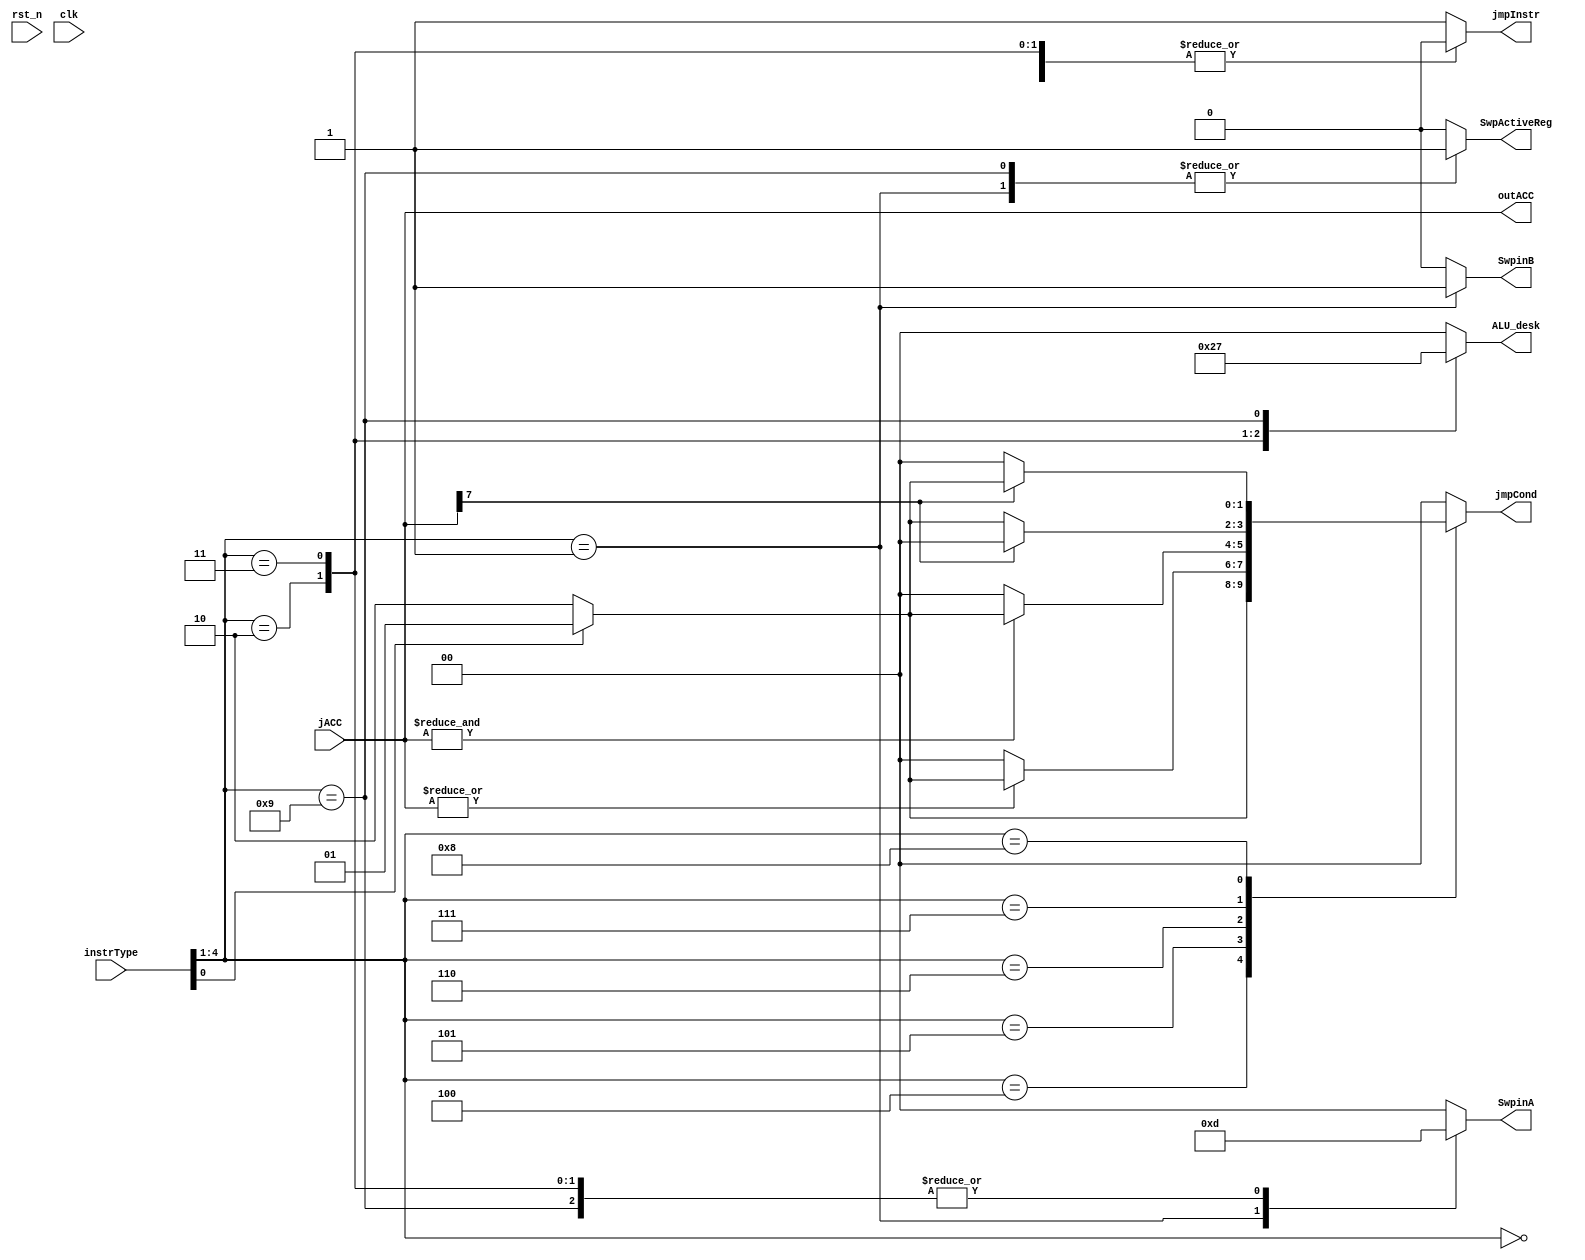
module control_unit(
	input wire 			rst_n,
	input wire 			clk,
	input wire [0:4] 	instrType,
	input wire [0:7] 	jACC,

	output reg 			SwpActiveReg,
	output reg [0:1] 	SwpinA,
	output reg 			SwpinB,
	output reg [0:1] 	ALU_desk,
	output reg 			jmpInstr,
	output reg [0:1] 	jmpCond,
	output wire [0:7] 	outACC
	);
	wire [0:7] temp;
	always @(*) begin
		case(instrType[0:3])
			4'b0000: //mov
				begin
					SwpActiveReg = 1'b0;
					SwpinA = 2'b00;
					SwpinB = 1'b0;
					ALU_desk = 2'b00;
					jmpInstr = 1'b0;
					jmpCond = 2'b00;
					//enBak = 1'b0;
				end
			4'b0001: //swp
				begin
					SwpActiveReg = 1'b1;
					SwpinA = 2'b11;
					SwpinB = 1'b1;
					ALU_desk = 2'b00;
					jmpInstr = 1'b1;
					jmpCond = 2'b00;
					//enBak = 1'b1;
				end
			4'b0010: //sub
				begin
					SwpActiveReg = 1'b0;
					SwpinA = 2'b01;
					SwpinB = 1'b0;
					ALU_desk = 2'b10;
					jmpInstr = 1'b0;
					jmpCond = 2'b00;
					//enBak = 1'b0;
				end
			4'b0011: //add
				begin
					SwpActiveReg = 1'b0;
					SwpinA = 2'b01;
					SwpinB = 1'b0;
					ALU_desk = 2'b01;
					jmpInstr = 1'b0;
					jmpCond = 2'b00;
					//enBak = 1'b0;
				end
			4'b0100: //jmp
				begin
					if(instrType[4])
						jmpCond = 2'b01;
					else
						jmpCond = 2'b10;
					SwpActiveReg = 1'b0;
					SwpinA = 2'b00;
					SwpinB = 1'b0;
					ALU_desk = 2'b00;
					jmpInstr = 1'b1;
					//enBak = 1'b0;
				end
			4'b0101: //jez
				begin
					if(|jACC)
					begin
						if(instrType[4])
							jmpCond = 2'b01;
						else
							jmpCond = 2'b10;
					end
					else
						jmpCond = 2'b00;
					SwpActiveReg = 1'b0;
					SwpinA = 2'b00;
					SwpinB = 1'b0;
					ALU_desk = 2'b00;
					jmpInstr = 1'b1;
					//enBak = 1'b0;
				end
			4'b0110: //jnz
				begin
					if(&jACC)
					begin
						if(instrType[4])
							jmpCond = 2'b01;
						else
							jmpCond = 2'b10;
					end
					else
						jmpCond = 2'b00;
					SwpActiveReg = 1'b0;
					SwpinA = 2'b00;
					SwpinB = 1'b0;
					ALU_desk = 2'b00;
					jmpInstr = 1'b1;
					//enBak = 1'b0;
				end
			4'b0111: //jgz
				begin
					if(~jACC[0])
					begin
						if(instrType[4])
							jmpCond = 2'b01;
						else
							jmpCond = 2'b10;
					end
					else
						jmpCond = 2'b00;
					SwpActiveReg = 1'b0;
					SwpinA = 2'b00;
					SwpinB = 1'b0;
					ALU_desk = 2'b00;
					jmpInstr = 1'b1;
					//enBak = 1'b0;
				end
			4'b1000: //jlz
				begin
					if(jACC[0])
					begin
						if(instrType[4])
							jmpCond = 2'b01;
						else
							jmpCond = 2'b10;
					end
					else
						jmpCond = 2'b00;
					SwpActiveReg = 1'b0;
					SwpinA = 2'b00;
					SwpinB = 1'b0;
					ALU_desk = 2'b00;
					jmpInstr = 1'b1;
					//enBak = 1'b0;
				end
			4'b1001: //neg
				begin
					SwpActiveReg = 1'b1;
					SwpinA = 2'b01;
					SwpinB = 1'b0;
					ALU_desk = 2'b11;
					jmpInstr = 1'b1;
					jmpCond = 2'b00;
					//enBak = 1'b0;
				end
			default:
				begin
					SwpActiveReg = 1'b0;
					SwpinA = 2'b00;
					SwpinB = 1'b0;
					ALU_desk = 2'b00;
					jmpInstr = 1'b1;
					jmpCond = 2'b00;
					//enBak = 1'b0;
				end
		endcase
		
	end
	assign outACC = jACC;
	endmodule